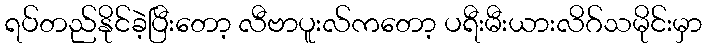
ရပ်တည်နိုင်ခဲ့ပြီးတော့ လီဗာပူးလ်ကတော့ ပရီးမီးယားလိဂ်သမိုင်းမှာ